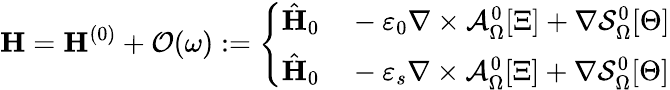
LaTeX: \mathbf{H}=\mathbf{H}^{(0)}+\mathcal{O}(\omega):=\left\{ \begin{array}{rl}{\hat{\mathbf{H}}_{0}}&{{}-\varepsilon_{0}\nabla\times\mathcal{A}_{\Omega}^{0}[\Xi]+\nabla\mathcal{S}_{\Omega}^{0}[\Theta]}\\ {\hat{\mathbf{H}}_{0}}&{{}-\varepsilon_{s}\nabla\times\mathcal{A}_{\Omega}^{0}[\Xi]+\nabla\mathcal{S}_{\Omega}^{0}[\Theta]}\end{array}\right.